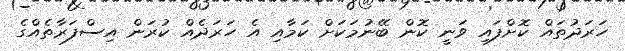
ހަރަދުތައް ކޮށްފައި ވަނީ ކޮން ބޭނުމަކަށް ކަމާއި އެ ހަރަދެއް ކުރަން އިސްފަރާތެއްގެ